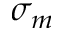
\sigma _ { m }